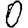
Digit: 0